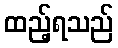
ထည့်ရသည်